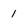
Character: 1